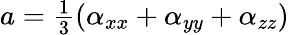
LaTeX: \begin{array}{r}{a=\frac{1}{3}(\alpha_{xx}+\alpha_{yy}+\alpha_{zz})}\end{array}